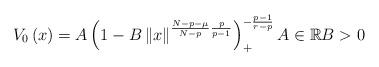
LaTeX: \begin{align*}V_{0}\left( x\right) =A\left( 1-B\left\Vert x\right\Vert ^{\frac{N-p-\mu}{N-p}\frac{p}{p-1}}\right) _{+}^{-\frac{p-1}{r-p}}A\in\mathbb{R}B>0\end{align*}